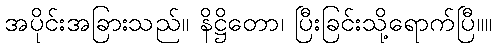
အပိုင်းအခြားသည်။ နိဋ္ဌိတော၊ ပြီးခြင်းသို့ရောက်ပြီ။။